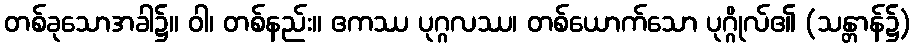
တစ်ခုသောအခါ၌။ ဝါ၊ တစ်နည်း။ ဧကဿ ပုဂ္ဂလဿ၊ တစ်ယောက်သော ပုဂ္ဂိုလ်၏ (သန္တာန်၌)